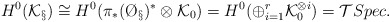
\begin{align*}H^0(\mathcal{K}_\S)\cong H^0(\pi_*(\O_\S)^*\otimes \mathcal{K}_0)=H^0(\oplus_{i=1}^r\mathcal{K}_0^{\otimes i})=\mathcal{T}Spec.\end{align*}